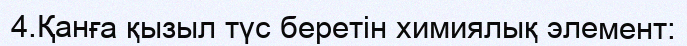
4.Қанға қызыл түс беретін химиялық элемент: